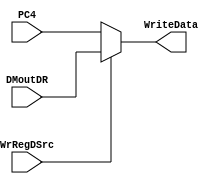
`timescale 1ns / 1ps
//////////////////////////////////////////////////////////////////////////////////
// Company: 
// Engineer: 
// 
// Design Name: 
// Module Name: WriteDataSelector
// Project Name: 
// Target Devices: 
// Tool Versions: 
// Description: 
// 
// Dependencies: 
// 
// Revision:
// Revision 0.01 - File Created
// Additional Comments:
// 
//////////////////////////////////////////////////////////////////////////////////


module WriteDataSelector(WrRegDSrc, PC4, DMoutDR, WriteData);
    input WrRegDSrc; // 
    input [31:0] PC4, DMoutDR; // PC+4  
    output wire [31:0] WriteData; // 

    // 
    assign WriteData = WrRegDSrc ? DMoutDR : PC4;
endmodule